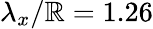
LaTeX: \lambda_{x}/\mathbb{R}=1.26